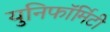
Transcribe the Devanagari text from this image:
युनिफॉर्मिटी